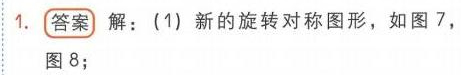
1. **答案** 解：(1) 新的旋转对称图形，如图7，图8；